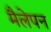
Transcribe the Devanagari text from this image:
मैलेपन